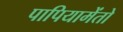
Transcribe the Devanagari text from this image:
पापियामेंतो